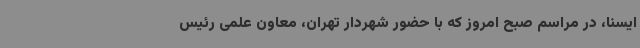
ایسنا، در مراسم صبح امروز که با حضور شهردار تهران، معاون علمی رئیس